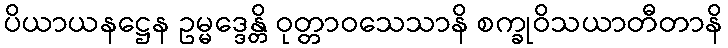
ပိယာယနဋ္ဌေန ဥမ္မဒ္ဒေန္တိ ဝုတ္တာဝသေသာနိ စက္ခုဝိသယာတီတာနိ